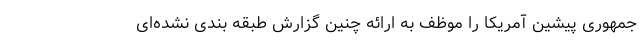
جمهوری پیشین آمریکا را موظف به ارائه چنین گزارش طبقه بندی نشده‌ای